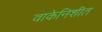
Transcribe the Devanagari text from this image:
वाकेनिशीत